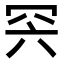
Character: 𦊇